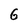
Character: G